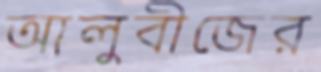
আলুবীজের